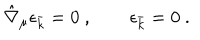
LaTeX: \hat { \nabla } _ { \mu } \epsilon _ { \bar { k } } = 0 \ , \qquad \epsilon _ { \bar { k } } = 0 \ .